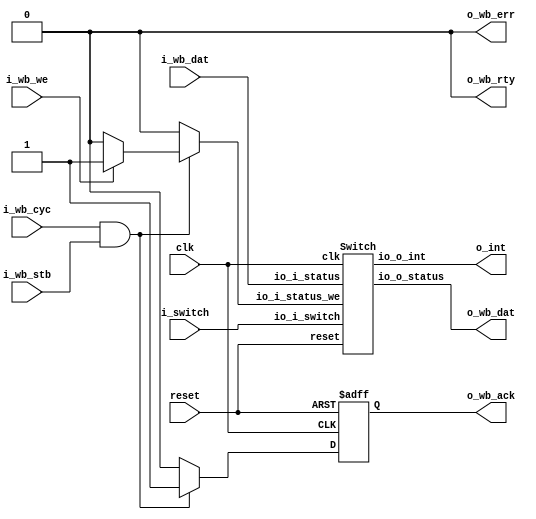
// Generator : SpinalHDL v1.5.0    git head : 83a031922866b078c411ec5529e00f1b6e79f8e7
// Component : WishboneSwitch
// Git hash  : 75f814516d82ca8fa98782d364c73df390f489b5



module WishboneSwitch (
  input               i_wb_stb,
  input               i_wb_cyc,
  input               i_wb_we,
  input      [7:0]    i_wb_dat,
  output     [7:0]    o_wb_dat,
  output              o_wb_ack,
  output              o_wb_rty,
  output              o_wb_err,
  input               i_switch,
  output              o_int,
  input               clk,
  input               reset
);
  reg                 sw_io_i_status_we;
  reg        [7:0]    sw_io_i_status;
  wire       [7:0]    sw_io_o_status;
  wire                sw_io_o_int;
  reg                 ack;
  wire                cs;
  wire                when_WishboneSwitch_l40;
  wire                when_WishboneSwitch_l45;
  wire                when_WishboneSwitch_l48;

  Switch sw (
    .io_i_status_we    (sw_io_i_status_we  ), //i
    .io_i_status       (sw_io_i_status     ), //i
    .io_o_status       (sw_io_o_status     ), //o
    .io_i_switch       (i_switch           ), //i
    .io_o_int          (sw_io_o_int        ), //o
    .clk               (clk                ), //i
    .reset             (reset              )  //i
  );
  always @(*) begin
    sw_io_i_status_we = 1'b0;
    if(when_WishboneSwitch_l45) begin
      if(when_WishboneSwitch_l48) begin
        sw_io_i_status_we = i_wb_we;
      end
    end
  end

  always @(*) begin
    sw_io_i_status = i_wb_dat;
    if(when_WishboneSwitch_l45) begin
      if(when_WishboneSwitch_l48) begin
        sw_io_i_status = i_wb_dat;
      end
    end
  end

  assign o_wb_dat = sw_io_o_status;
  assign o_int = sw_io_o_int;
  assign o_wb_ack = ack;
  assign cs = (i_wb_cyc && i_wb_stb);
  assign o_wb_rty = 1'b0;
  assign o_wb_err = 1'b0;
  assign when_WishboneSwitch_l40 = (ack == 1'b1);
  assign when_WishboneSwitch_l45 = (cs == 1'b1);
  assign when_WishboneSwitch_l48 = (i_wb_we == 1'b1);
  always @(posedge clk or posedge reset) begin
    if(reset) begin
      ack <= 1'b0;
    end else begin
      if(when_WishboneSwitch_l40) begin
        ack <= 1'b0;
      end
      if(when_WishboneSwitch_l45) begin
        ack <= 1'b1;
      end
    end
  end


endmodule

module Switch (
  input               io_i_status_we,
  input      [7:0]    io_i_status,
  output     [7:0]    io_o_status,
  input               io_i_switch,
  output              io_o_int,
  input               clk,
  input               reset
);
  reg                 slow_clock;
  reg        [16:0]   counter;
  wire                when_Switch_l41;
  (* async_reg = "true" *) reg        [7:0]    status;
  wire                int_1;
  wire                clear_interrupt;
  wire       [1:0]    interrupt_select;
  wire                cc_int;
  wire                cc_switch_buf2;
  wire                when_Switch_l64;
  reg                 slow_clock_area_switch_input;
  reg                 slow_clock_area_s_switch_buf;
  reg                 slow_clock_area_s_switch_buf2;
  reg                 slow_clock_area_o_int;
  (* async_reg = "true" *) reg                 o_cc_switch_buf;
  reg                 o_cc_switch_buf2;
  (* async_reg = "true" *) reg                 o_cc_int_buf;
  reg                 o_cc_int_buf2;

  assign when_Switch_l41 = (counter == 17'h16e35);
  assign int_1 = status[3];
  assign clear_interrupt = status[4];
  assign interrupt_select = status[2 : 1];
  assign io_o_int = int_1;
  assign io_o_status = status;
  assign when_Switch_l64 = (clear_interrupt == 1'b1);
  assign cc_switch_buf2 = slow_clock_area_s_switch_buf2;
  assign cc_int = slow_clock_area_o_int;
  always @(posedge clk or posedge reset) begin
    if(reset) begin
      slow_clock <= 1'b0;
      counter <= 17'h0;
      status <= 8'h0;
      o_cc_switch_buf <= 1'b0;
      o_cc_switch_buf2 <= 1'b0;
      o_cc_int_buf <= 1'b0;
      o_cc_int_buf2 <= 1'b0;
    end else begin
      counter <= (counter + 17'h00001);
      if(when_Switch_l41) begin
        counter <= 17'h0;
        slow_clock <= (! slow_clock);
      end
      if(when_Switch_l64) begin
        status[4] <= 1'b0;
      end
      if(io_i_status_we) begin
        status[7 : 5] <= 3'b000;
        status[4] <= io_i_status[4];
        status[2 : 1] <= io_i_status[2 : 1];
      end
      o_cc_switch_buf <= cc_switch_buf2;
      o_cc_switch_buf2 <= o_cc_switch_buf;
      status[0] <= o_cc_switch_buf2;
      o_cc_int_buf <= cc_int;
      o_cc_int_buf2 <= o_cc_int_buf;
      status[3] <= (o_cc_int_buf && (! o_cc_int_buf2));
    end
  end

  always @(posedge slow_clock or posedge reset) begin
    if(reset) begin
      slow_clock_area_switch_input <= 1'b0;
      slow_clock_area_s_switch_buf <= 1'b0;
      slow_clock_area_s_switch_buf2 <= 1'b0;
      slow_clock_area_o_int <= 1'b0;
    end else begin
      slow_clock_area_switch_input <= io_i_switch;
      slow_clock_area_s_switch_buf <= slow_clock_area_switch_input;
      slow_clock_area_s_switch_buf2 <= slow_clock_area_s_switch_buf;
      case(interrupt_select)
        2'b00 : begin
          slow_clock_area_o_int <= 1'b0;
        end
        2'b01 : begin
          slow_clock_area_o_int <= ((! slow_clock_area_s_switch_buf2) && slow_clock_area_s_switch_buf);
        end
        2'b10 : begin
          slow_clock_area_o_int <= (slow_clock_area_s_switch_buf2 && (! slow_clock_area_s_switch_buf));
        end
        default : begin
          slow_clock_area_o_int <= (((! slow_clock_area_s_switch_buf2) && slow_clock_area_s_switch_buf) || (slow_clock_area_s_switch_buf2 && (! slow_clock_area_s_switch_buf)));
        end
      endcase
    end
  end


endmodule